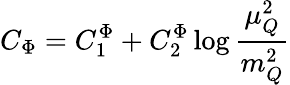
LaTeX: C_{\Phi}=C_{1}^{\Phi}+C_{2}^{\Phi}\log\frac{\mu_{Q}^{2}}{m_{Q}^{2}}